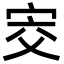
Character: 㝔